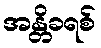
အန္တိခရစ်